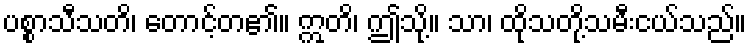
ပစ္စာသီသတိ၊ တောင့်တ၏။ ဣတိ၊ ဤသို့။ သာ၊ ထိုသတို့သမီးငယ်သည်။